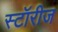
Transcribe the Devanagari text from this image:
स्टॉरीज